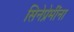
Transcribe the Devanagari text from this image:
सिनेप्रेमींना